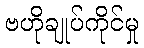
ဗဟိုချုပ်ကိုင်မှု